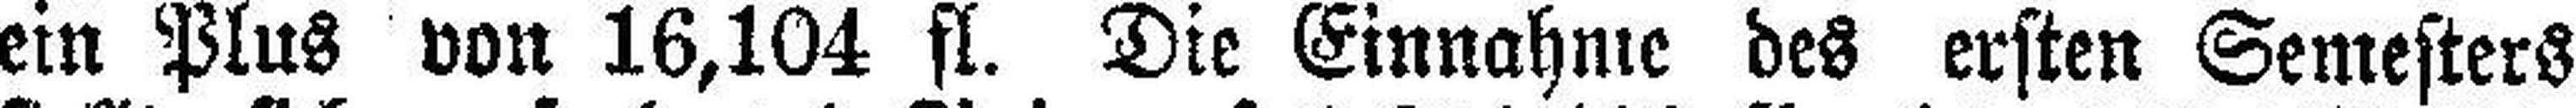
ein Plus von 16,104 fl. Die Einnahme des ersten Semesters